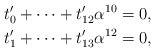
LaTeX: \begin{align*}t'_0&+\cdots +t'_{12}\alpha^{10}=0, \\t'_1&+\cdots +t'_{13}\alpha^{12}=0,\end{align*}